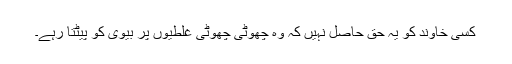
کسی خاوند کو یہ حق حاصل نہیں کہ وہ چھوٹی چھوٹی غلطیوں پر بیوی کو پیٹتا رہے۔